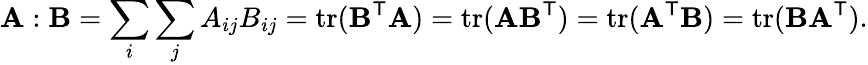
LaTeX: \mathbf{A}:\mathbf{B}=\sum_{i}\sum_{j}A_{ij}B_{ij}=\operatorname{tr}(\mathbf{B}^{\mathsf{T}}\mathbf{A})=\operatorname{tr}(\mathbf{A}\mathbf{B}^{\mathsf{T}})=\operatorname{tr}(\mathbf{A}^{\mathsf{T}}\mathbf{B})=\operatorname{tr}(\mathbf{B}\mathbf{A}^{\mathsf{T}}).